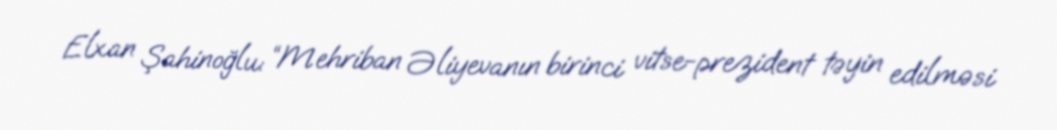
Elxan Şahinoğlu: “Mehriban Əliyevanın birinci vitse-prezident təyin edilməsi